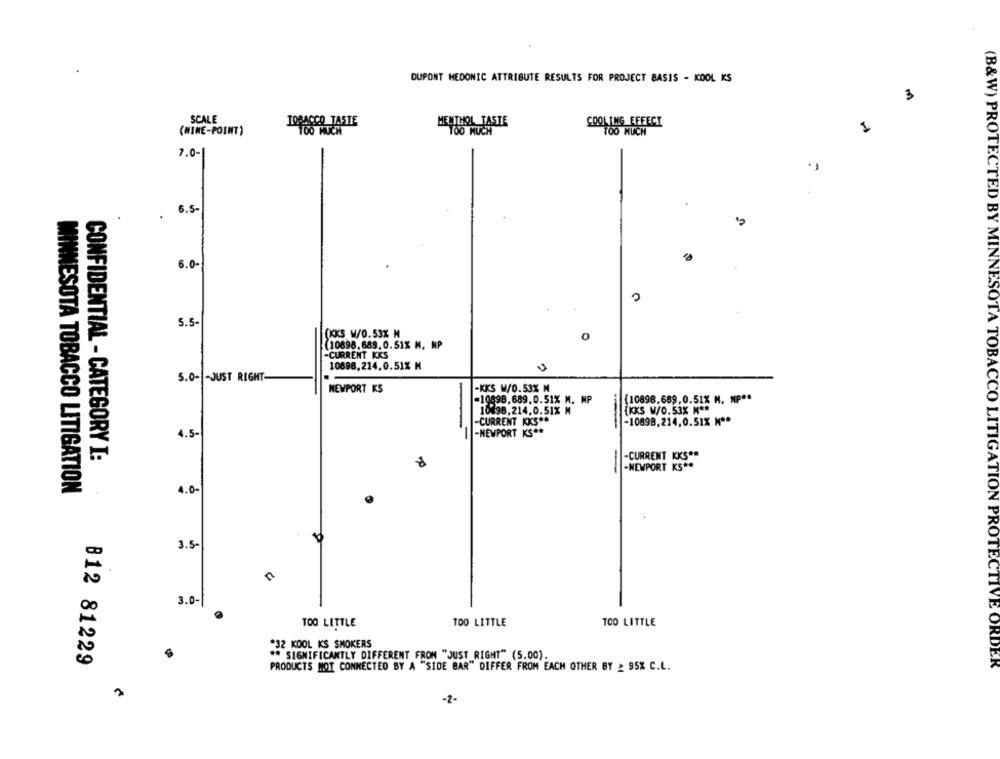
DUPONT MEDONIC ATTRIBUTE RESULTS FOR PROJECT BASIS - KOOL KS
3
SCALE
TOBACCO TASTE
MENTHOL TASTE
COOLING EFFECI
1
(MINE-POINT)
TOO MUCH
7.0-
. 6.5-
6.0-
(B&W) PROTECTED BY MINNESO
5.5-
(KKS W/0.53% M
0
(10898,689. 0.51% M. NP
-CURRENT KKS
10898.214.0.51% M
5.0- - JUST RIGHT-
-KKS W/0.53% M
NEWPORT KS
=10896.689.0.51% M. MP
(10898.689,0.51% M. MP **
10498.214.0.51% M
{KKS W/0.53% K **
-CURRENT KKS **
-10898.214.0.51% Mª*
-NEWPORT KS **
4.5-
-
-CURRENT KKS **
CONFIDENTIAL - CATEGORY I:
-NEWPORT KS **
MINNESOTA TOBACCO LITIGATION
4.0
3.5-
3.0-
TOO LITTLE
TOO LITTLE
TOO LITTLE
*32 KOOL KS SMOKERS
** SIGNIFICANTLY DIFFERENT FROM "JUST RIGHT" (5.00).
B12 81229
PRODUCTS NOT CONNECTED BY A "SIDE BAR" DIFFER FROM EACH OTHER BY : 95% C.L.
TA TOBACCO LITIGATION PROTECTIVE ORDER
-2-